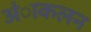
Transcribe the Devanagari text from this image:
अंाकलन